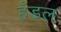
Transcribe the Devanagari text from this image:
हँडल